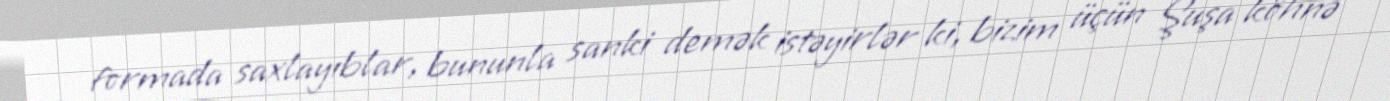
formada saxlayıblar, bununla sanki demək istəyirlər ki, bizim üçün Şuşa köhnə